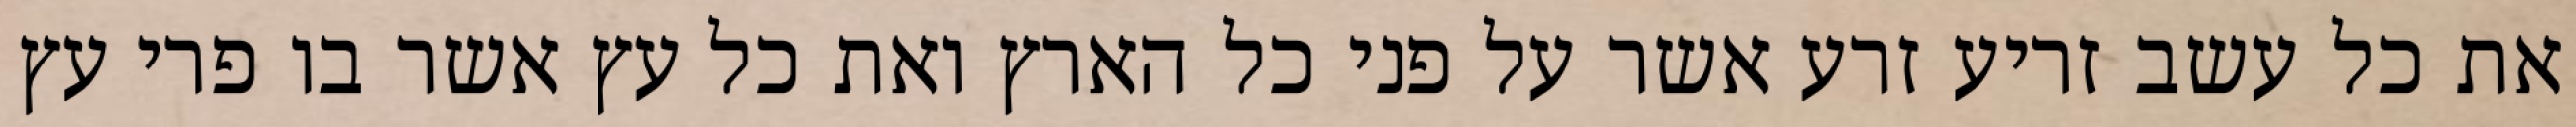
את כל עשב זריע זרע אשר על פני כל הארץ ואת כל עץ אשר בו פרי עץ